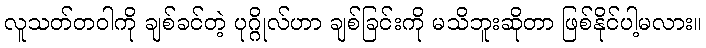
လူသတ်တဝါကို ချစ်ခင်တဲ့ ပုဂ္ဂိုလ်ဟာ ချစ်ခြင်းကို မသိဘူးဆိုတာ ဖြစ်နိုင်ပါ့မလား။